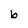
Character: b